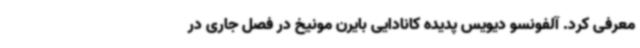
معرفی کرد. آلفونسو دیویس پدیده کانادایی بایرن مونیخ در فصل جاری در